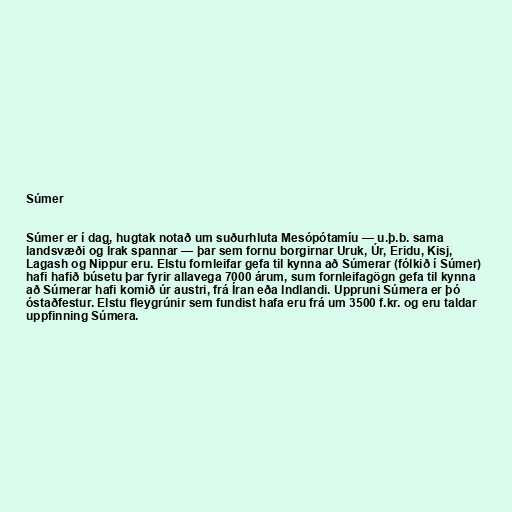
Súmer

Súmer er í dag, hugtak notað um suðurhluta Mesópótamíu — u.þ.b. sama
landsvæði og Írak spannar — þar sem fornu borgirnar Uruk, Úr, Eridu, Kisj,
Lagash og Nippur eru. Elstu fornleifar gefa til kynna að Súmerar (fólkið í Súmer)
hafi hafið búsetu þar fyrir allavega 7000 árum, sum fornleifagögn gefa til kynna
að Súmerar hafi komið úr austri, frá Íran eða Indlandi. Uppruni Súmera er þó
óstaðfestur. Elstu fleygrúnir sem fundist hafa eru frá um 3500 f.kr. og eru taldar
uppfinning Súmera.